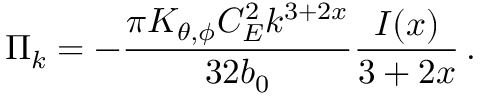
\Pi _ { k } = - \frac { \pi K _ { \theta , \phi } C _ { E } ^ { 2 } k ^ { 3 + 2 x } } { 3 2 b _ { 0 } } \frac { I ( x ) } { 3 + 2 x } \, .